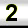
Digit: 2